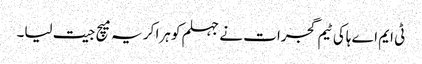
ٹی ایم اے ہاکی ٹیم گجرات نے جہلم کو ہرا کر یہ میچ جیت لیا۔